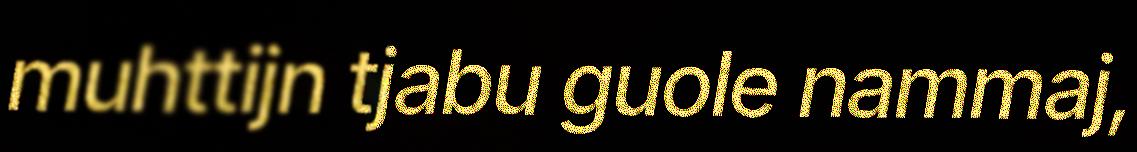
muhttijn tjabu guole nammaj,